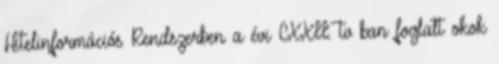
Hitelinformációs Rendszerben a évi CXXII. tv ban foglalt okok